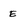
Character: E